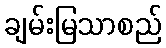
ချမ်းမြသာစည်